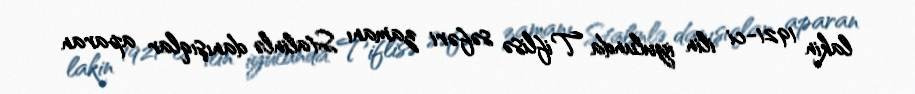
lakin 1921-ci ilin iyulunda Tiflisə səfəri zamanı Stalinlə danışıqlar aparan